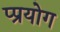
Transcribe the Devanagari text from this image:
प्प्रयोग